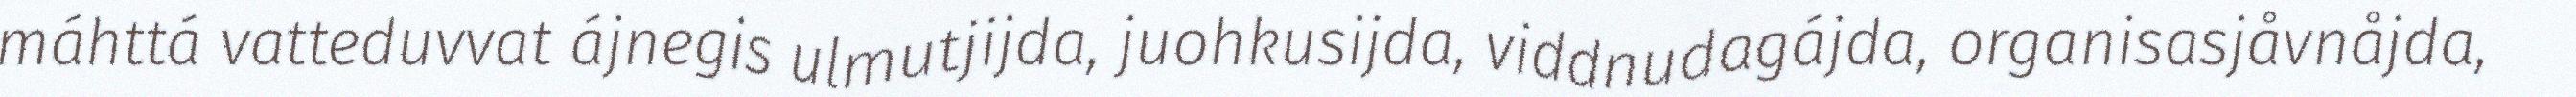
máhttá vatteduvvat ájnegis ulmutjijda, juohkusijda, viddnudagájda, organisasjåvnåjda,